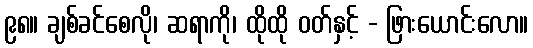
၉၈။ ချစ်ခင်စေလို၊ ဆရာကို၊ ထိုထို ဝတ်နှင့် - ဖြားယောင်းလော။